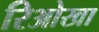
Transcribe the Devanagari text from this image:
रिओखा